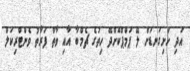
އަދި ހަށިގަނޑަށް ލޭ ޕަމްޕްކޮށްދޭ ހިތުގެ ޗެމްބާ އާއި ވާތް ފަރާތު ވެންޓްރިކަލް